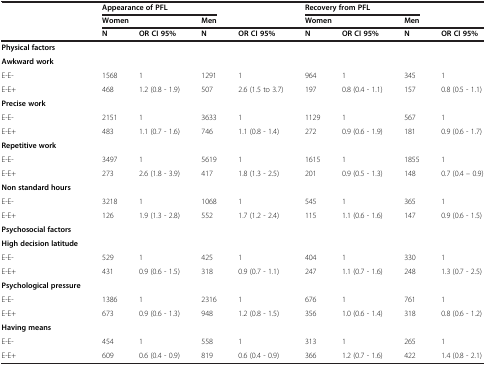
<table><thead><tr><td><b> </b></td><td colspan="3"><b>Appearance of PFL</b></td><td><b> </b></td><td colspan="3"><b>Recovery from PFL</b></td><td><b> </b></td></tr><tr><td><b> </b></td><td colspan="2"><b>Women</b></td><td colspan="2"><b>Men</b></td><td colspan="2"><b>Women</b></td><td colspan="2"><b>Men</b></td></tr><tr><td><b> </b></td><td><b>N</b></td><td><b>OR CI 95%</b></td><td><b>N</b></td><td><b>OR CI 95%</b></td><td><b>N</b></td><td><b>OR CI 95%</b></td><td><b>N</b></td><td><b>OR CI 95%</b></td></tr></thead><tbody><tr><td><b>Physical factors</b></td><td> </td><td> </td><td> </td><td> </td><td> </td><td> </td><td> </td><td> </td></tr><tr><td><b>Awkward work</b></td><td> </td><td> </td><td> </td><td> </td><td> </td><td> </td><td> </td><td> </td></tr><tr><td>E-E-</td><td>1568</td><td>1</td><td>1291</td><td>1</td><td>964</td><td>1</td><td>345</td><td>1</td></tr><tr><td>E-E+</td><td>468</td><td>1.2 (0.8 - 1.9)</td><td>507</td><td>2.6 (1.5 to 3.7)</td><td>197</td><td>0.8 (0.4 - 1.1)</td><td>157</td><td>0.8 (0.5 - 1.1)</td></tr><tr><td><b>Precise work</b></td><td> </td><td> </td><td> </td><td> </td><td> </td><td> </td><td> </td><td> </td></tr><tr><td>E-E-</td><td>2151</td><td>1</td><td>3633</td><td>1</td><td>1129</td><td>1</td><td>567</td><td>1</td></tr><tr><td>E-E+</td><td>483</td><td>1.1 (0.7 - 1.6)</td><td>746</td><td>1.1 (0.8 - 1.4)</td><td>272</td><td>0.9 (0.6 - 1.9)</td><td>181</td><td>0.9 (0.6 - 1.7)</td></tr><tr><td><b>Repetitive work</b></td><td> </td><td> </td><td> </td><td> </td><td> </td><td> </td><td> </td><td> </td></tr><tr><td>E-E-</td><td>3497</td><td>1</td><td>5619</td><td>1</td><td>1615</td><td>1</td><td>1855</td><td>1</td></tr><tr><td>E-E+</td><td>273</td><td>2.6 (1.8 - 3.9)</td><td>417</td><td>1.8 (1.3 - 2.5)</td><td>201</td><td>0.9 (0.5 - 1.3)</td><td>148</td><td>0.7 (0.4 – 0.9)</td></tr><tr><td><b>Non standard hours</b></td><td> </td><td> </td><td> </td><td> </td><td> </td><td> </td><td> </td><td> </td></tr><tr><td>E-E-</td><td>3218</td><td>1</td><td>1068</td><td>1</td><td>545</td><td>1</td><td>365</td><td>1</td></tr><tr><td>E-E+</td><td>126</td><td>1.9 (1.3 - 2.8)</td><td>552</td><td>1.7 (1.2 - 2.4)</td><td>115</td><td>1.1 (0.6 - 1.6)</td><td>147</td><td>0.9 (0.6 - 1.5)</td></tr><tr><td><b>Psychosocial factors</b></td><td> </td><td> </td><td> </td><td> </td><td> </td><td> </td><td> </td><td> </td></tr><tr><td><b>High decision latitude</b></td><td> </td><td> </td><td> </td><td> </td><td> </td><td> </td><td> </td><td> </td></tr><tr><td>E-E-</td><td>529</td><td>1</td><td>425</td><td>1</td><td>404</td><td>1</td><td>330</td><td>1</td></tr><tr><td>E-E+</td><td>431</td><td>0.9 (0.6 - 1.5)</td><td>318</td><td>0.9 (0.7 - 1.1)</td><td>247</td><td>1.1 (0.7 - 1.6)</td><td>248</td><td>1.3 (0.7 - 2.5)</td></tr><tr><td><b>Psychological pressure</b></td><td> </td><td> </td><td> </td><td> </td><td> </td><td> </td><td> </td><td> </td></tr><tr><td>E-E-</td><td>1386</td><td>1</td><td>2316</td><td>1</td><td>676</td><td>1</td><td>761</td><td>1</td></tr><tr><td>E-E+</td><td>673</td><td>0.9 (0.6 - 1.3)</td><td>948</td><td>1.2 (0.8 - 1.5)</td><td>356</td><td>1.0 (0.6 - 1.4)</td><td>318</td><td>0.8 (0.6 - 1.2)</td></tr><tr><td><b>Having means</b></td><td> </td><td> </td><td> </td><td> </td><td> </td><td> </td><td> </td><td> </td></tr><tr><td>E-E-</td><td>454</td><td>1</td><td>558</td><td>1</td><td>313</td><td>1</td><td>265</td><td>1</td></tr><tr><td>E-E+</td><td>609</td><td>0.6 (0.4 - 0.9)</td><td>819</td><td>0.6 (0.4 - 0.9)</td><td>366</td><td>1.2 (0.7 - 1.6)</td><td>422</td><td>1.4 (0.8 - 2.1)</td></tr></tbody></table>